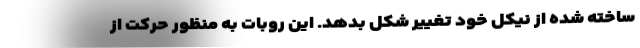
ساخته شده از نیکل خود تغییر شکل بدهد. این روبات به منظور حرکت از